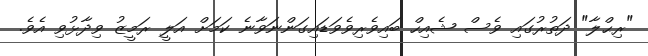
"ރިޙްލާ" ދަތުރުގައި ވެސް ޝެއިހް ބައިވެރިވެވަޑައިގަންނަވާނެ ކަމަށް އަލީ ރަމީޒު ވިދާޅުވި އެވެ.